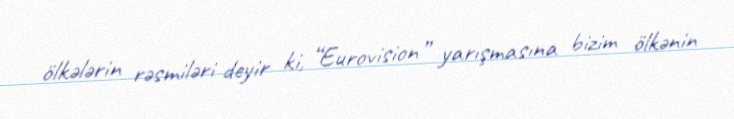
ölkələrin rəsmiləri deyir ki, “Eurovision” yarışmasına bizim ölkənin